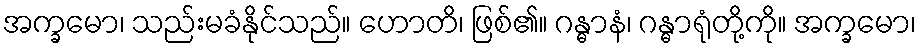
အက္ခမော၊ သည်းမခံနိုင်သည်။ ဟောတိ၊ ဖြစ်၏။ ဂန္ဓာနံ၊ ဂန္ဓာရုံတို့ကို။ အက္ခမော၊